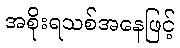
အစိုးရသစ်အနေဖြင့်